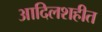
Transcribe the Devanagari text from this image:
आदिलशहीत